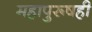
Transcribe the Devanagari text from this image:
महापुरूषही